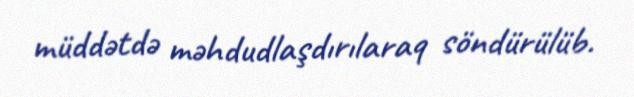
müddətdə məhdudlaşdırılaraq söndürülüb.